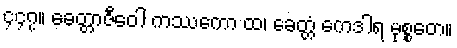
၄၄၇။ ခေတ္တာဇီဝေါ ကဿကော ထ၊ ခေတ္တံ ကေဒါရ မုစ္စတေ။